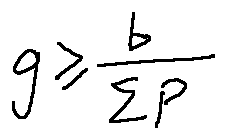
g \geq \frac { b } { \sum p }